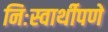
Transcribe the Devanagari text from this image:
निःस्वार्थीपणे